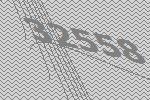
32558